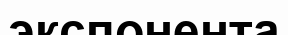
экспонента